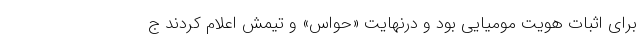
برای اثبات هویت مومیایی بود و درنهایت «حواس» و تیمش اعلام کردند ج